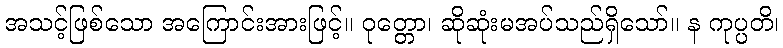
အသင့်ဖြစ်သော အကြောင်းအားဖြင့်။ ဝုတ္တော၊ ဆိုဆုံးမအပ်သည်ရှိသော်။ န ကုပ္ပတိ၊